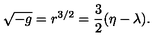
\sqrt { - g } = r ^ { 3 / 2 } = { \frac { 3 } { 2 } } ( \eta - \lambda ) .